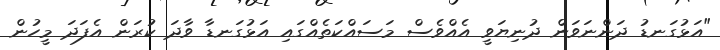
"އަޅުގަނޑު ދަންނަވަން ދުނިޔަވީ އެއްވެސް މަސައްކަތެއްގައި އަޅުގަނޑާ ވާދަ ކުރަން އެފަދަ މީހުން